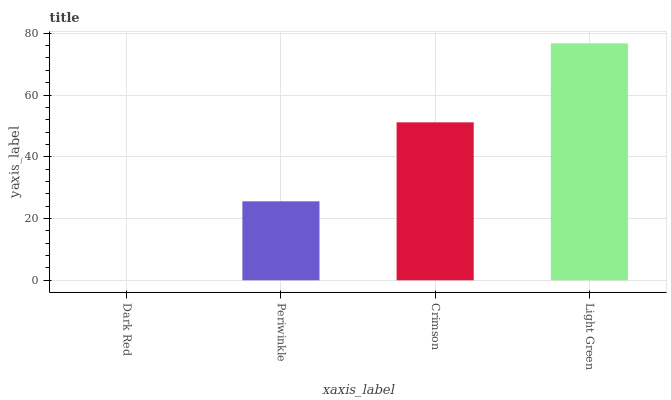
| xaxis_label | bars |
 | --- | --- |
 | Dark Red | 0 |
 | Periwinkle | 25.6 |
 | Crimson | 51.2 |
 | Light Green | 76.7 |